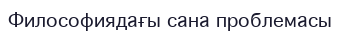
Философиядағы сана проблемасы